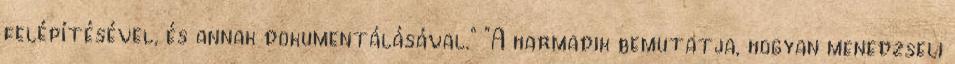
felépítésével, és annak dokumentálásával." "A harmadik bemutatja, hogyan menedzseli